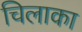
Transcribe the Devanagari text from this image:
चिलाका